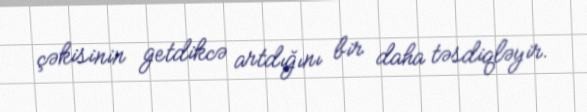
çəkisinin getdikcə artdığını bir daha təsdiqləyir.